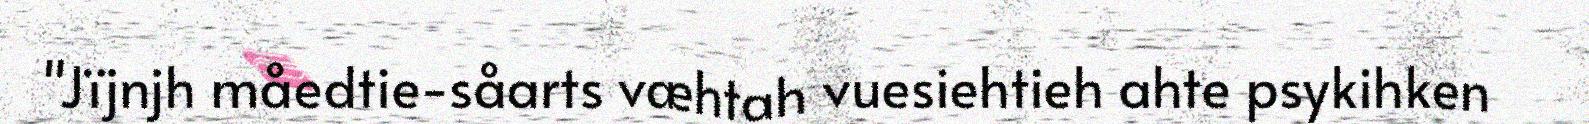
"Jïjnjh måedtie-såarts væhtah vuesiehtieh ahte psykihken